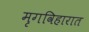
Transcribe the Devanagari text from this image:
मृगविहारात